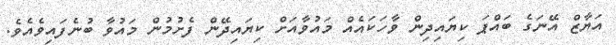
އަޔާޒް އޭނަގެ ބައްޕަ ކިޔައިދިން ވާހަކައެއް މައުވާއަށް ކިޔައިދޭން ފެށުމުން މައުވާ ބުނެފައިވެއެވެ.